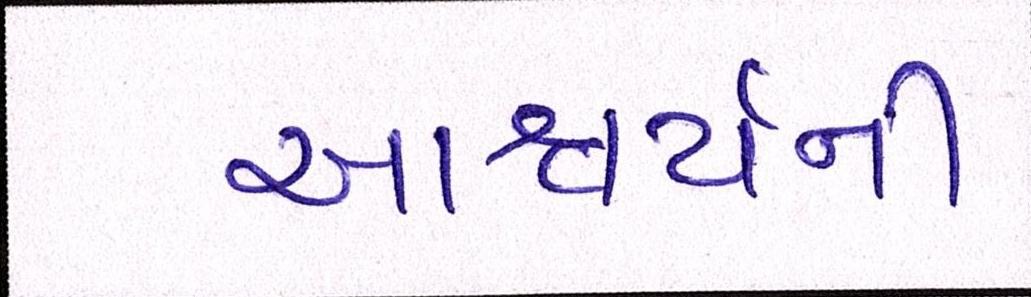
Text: આશ્ચર્ચની